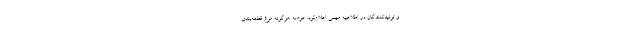
و تولیدکنندگان در اطلاعیه مهمی اعلام‌کرد: عرضه هرگونه مرغ قطعه‌بندی